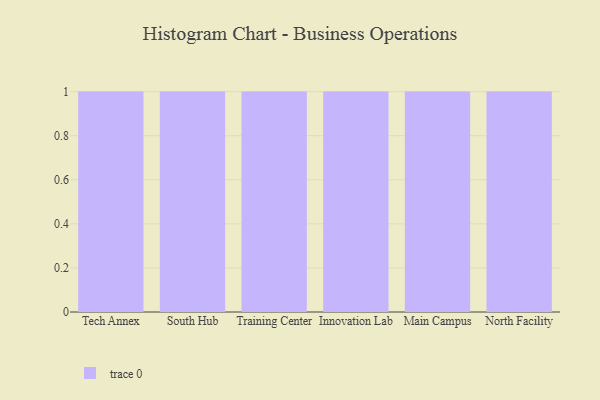
{"axis": {"x": "Campus", "y": "Operating Costs (USD K)"}, "legend": [""], "data": [{"x": "Tech Annex", "y": 31, "type": ""}, {"x": "South Hub", "y": 9, "type": ""}, {"x": "Training Center", "y": 37, "type": ""}, {"x": "Innovation Lab", "y": 59, "type": ""}, {"x": "Main Campus", "y": 45, "type": ""}, {"x": "North Facility", "y": 36, "type": ""}]}